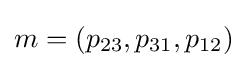
m=(p_{23},p_{31},p_{12})